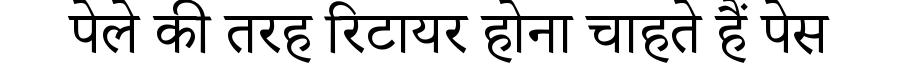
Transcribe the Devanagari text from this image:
पेले की तरह रिटायर होना चाहते हैं पेस